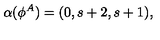
\alpha ( \phi ^ { A } ) = ( 0 , s + 2 , s + 1 ) ,